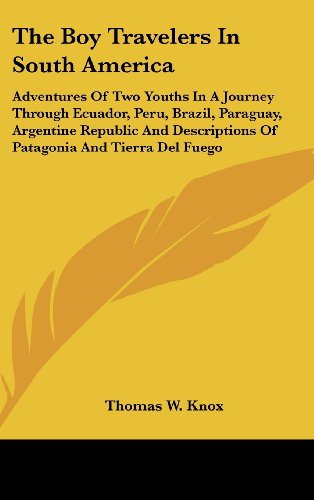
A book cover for The Boy Travelers In South America: Adventures Of Two Youths In A Journey Through Ecuador, Peru, Brazil, Paraguay, Argentine Republic And Descriptions Of Patagonia And Tierra Del Fuego; Thomas W. Knox; Travel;